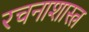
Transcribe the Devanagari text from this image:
रचनाशास्त्र